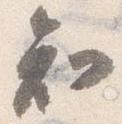
知